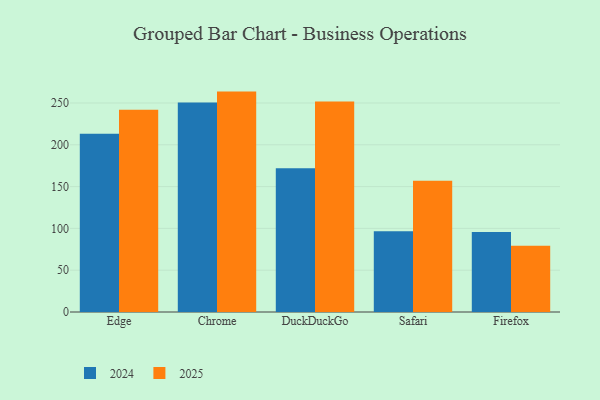
{"axis": {"x": "Browser", "y": "Bounce Rate (%)"}, "legend": ["2024", "2025"], "data": [{"x": "Edge", "y": 241.8, "type": "2025"}, {"x": "Edge", "y": 213.3, "type": "2024"}, {"x": "Chrome", "y": 263.6, "type": "2025"}, {"x": "Chrome", "y": 250.5, "type": "2024"}, {"x": "DuckDuckGo", "y": 251.9, "type": "2025"}, {"x": "DuckDuckGo", "y": 171.8, "type": "2024"}, {"x": "Safari", "y": 156.9, "type": "2025"}, {"x": "Safari", "y": 96.7, "type": "2024"}, {"x": "Firefox", "y": 79.2, "type": "2025"}, {"x": "Firefox", "y": 95.7, "type": "2024"}]}